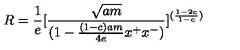
R = { \frac { 1 } { e } } [ { \frac { \sqrt { a m } } { ( 1 - { \frac { ( 1 - c ) a m } { 4 e } } x ^ { + } x ^ { - } ) } } ] ^ { ( { \frac { 1 - 2 c } { 1 - c } } ) }